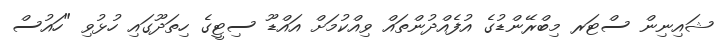
ޝައިނިން ސްޓަރ މިބްރޭންޑުގެ އުފެއްދުންތައް ވިއްކުމަށް އައްޑޫ ސިޓީގެ ހިތަދޫގައި ހުޅުވި "ހައުސް